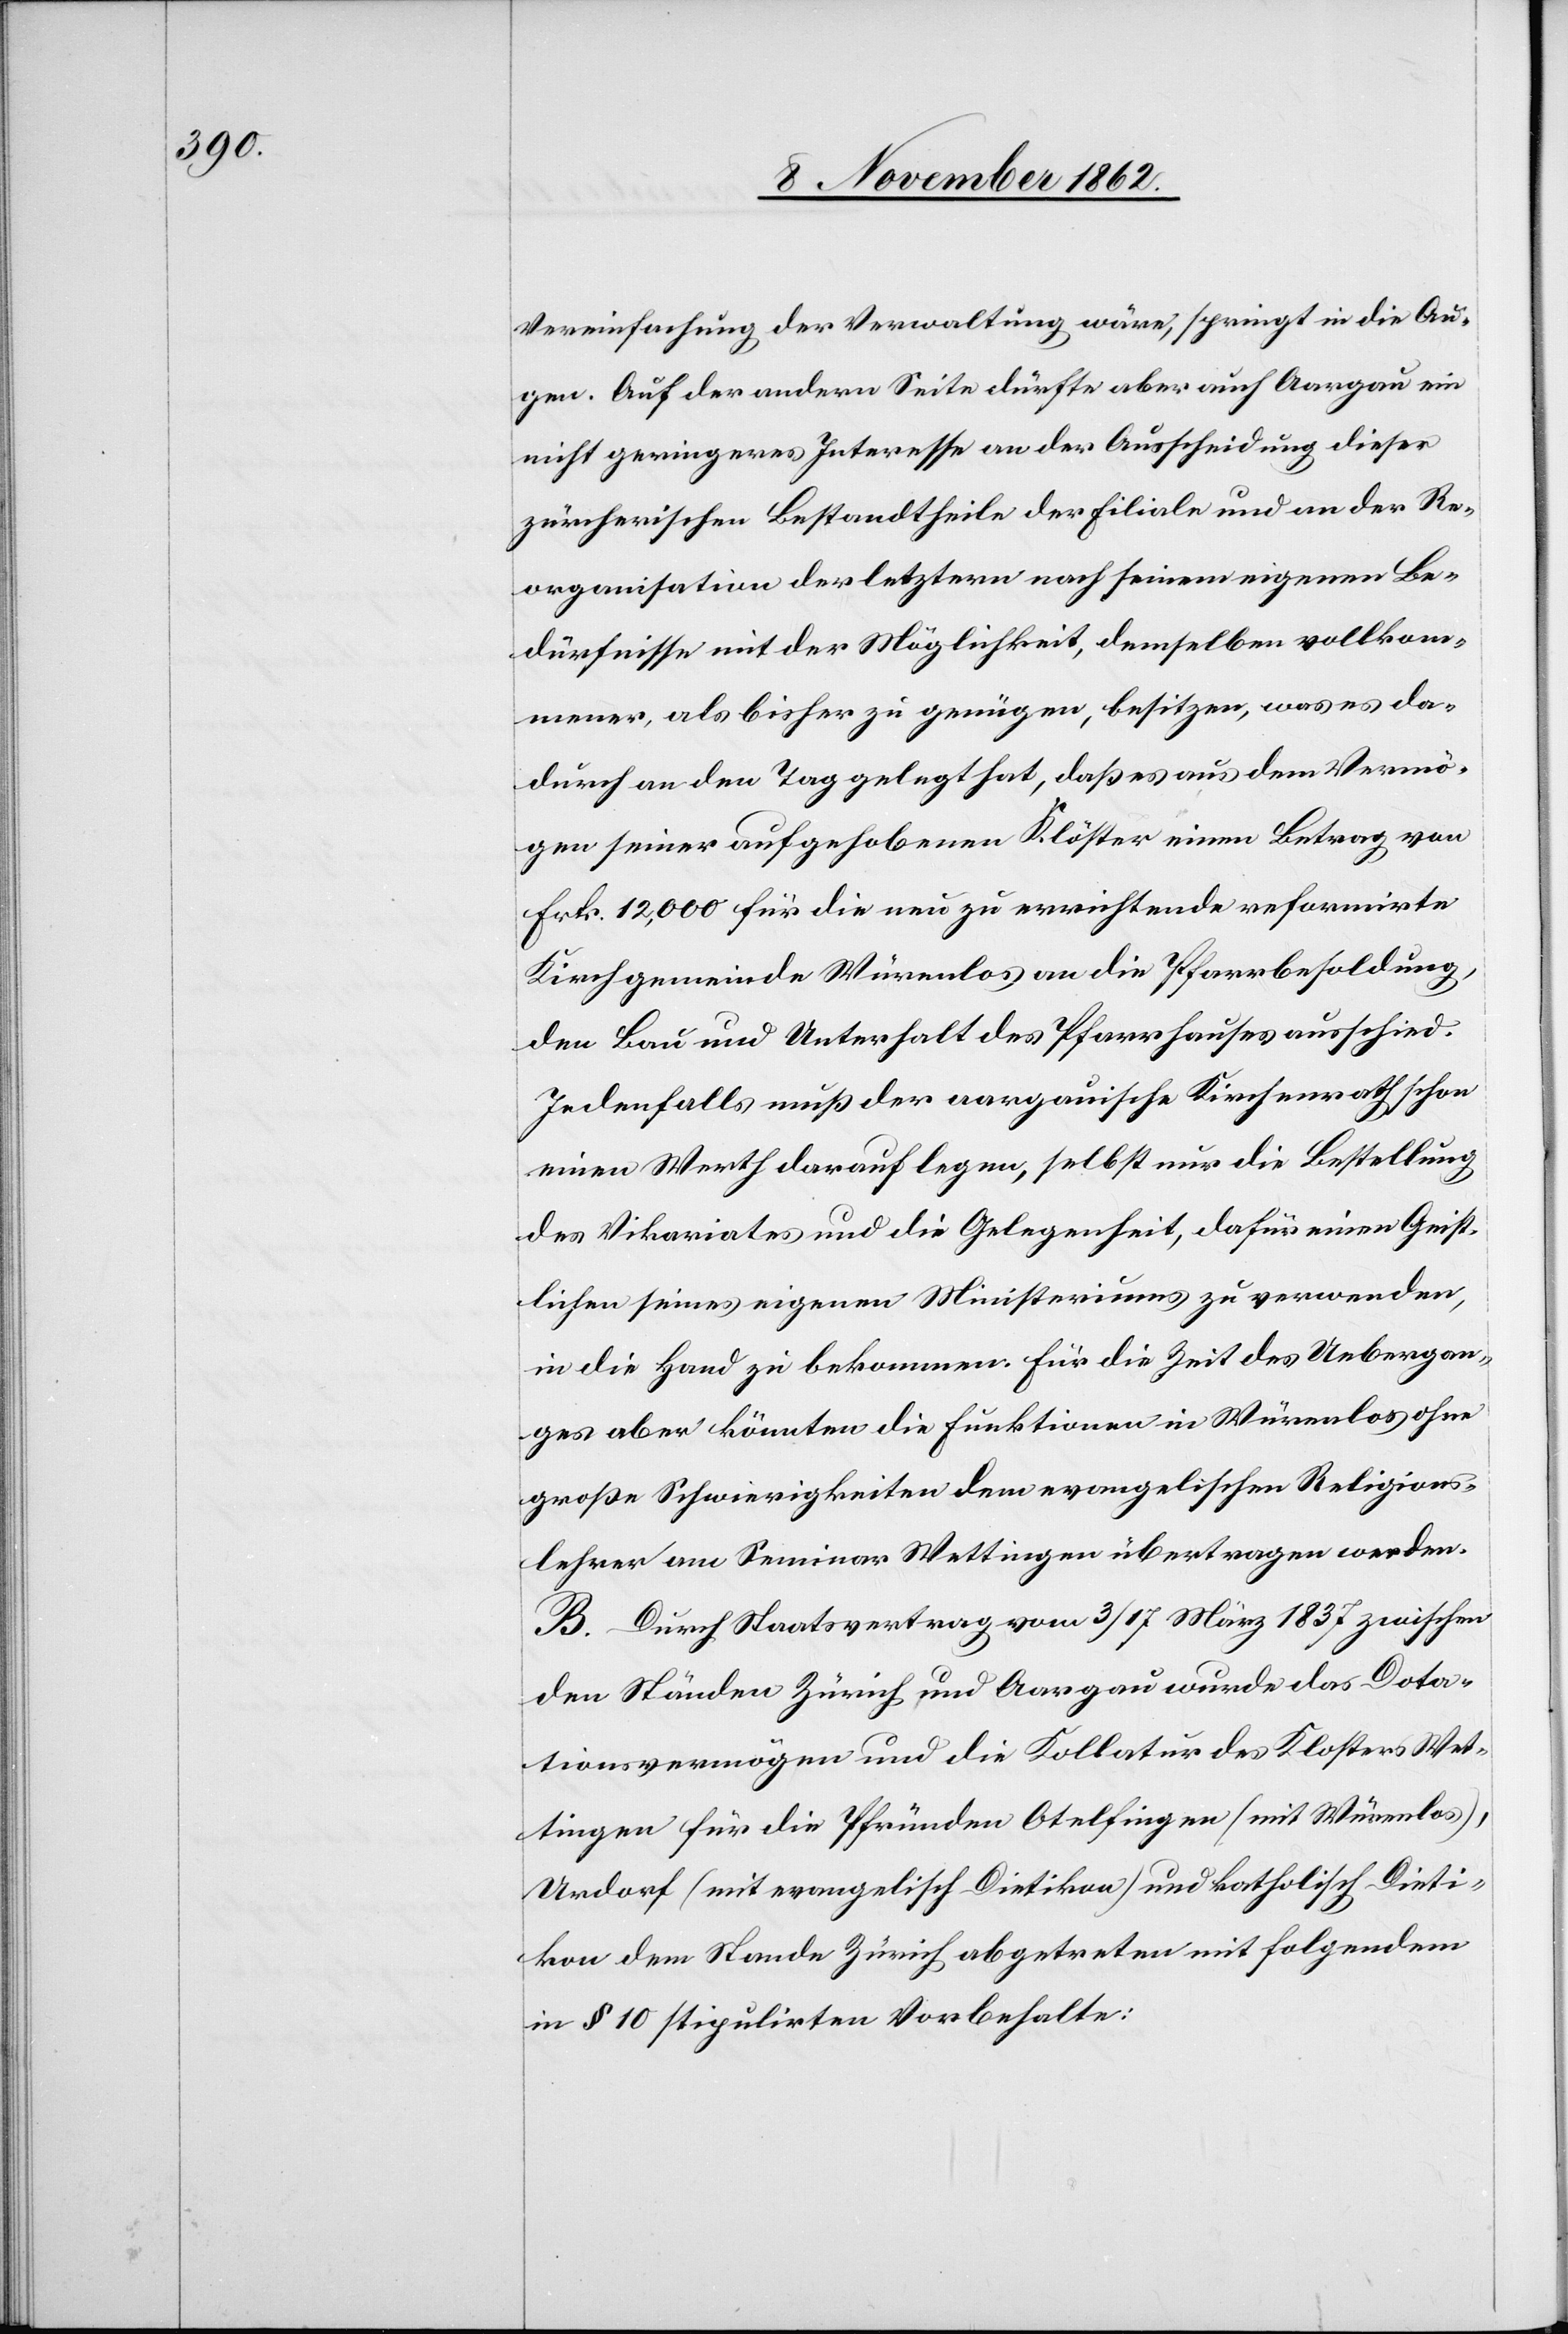
Vereinfachung der Verwaltung wäre, springt in die Au¬
gen. Auf der andern Seite dürfte aber auch Aargau ein
nicht geringeres Interesse an der Ausscheidung dieser
zürcherischen Bestandtheile der Filiale und an der Re¬
organisation der letztern nach seinem eignen Be¬
dürfnisse mit der Möglichkeit, demselben vollkom¬
mener, als bisher zu genügen, besitzen, was es da¬
durch an den Tag gelegt hat, daß es aus dem Vermö¬
gen seiner aufgehobenen Klöster einem Betrag von
Frk. 12,000 für die neu zu errichtende reformirte
Kirchgemeinde Würenlos an die Pfarrbesoldung,
den Bau und Unterhalt des Pfarrhauses ausschied.
Jedenfalls muß der aargauische Kirchenrath schon
einen Werth darauf legen, selbst nur die Bestellung
des Vikariates und die Gelegenheit, dafür einen Geist¬
lichen seines eigenen Ministeriums zu verwenden,
in die Hand zu bekommen. Für die Zeit des Uebergan¬
ges aber könnten die Funktionen in Würenlos ohne
große Schwierigkeiten dem evangelischen Religions¬
lehrer am Seminar Wettingen übertragen werden.
B. Durch Staatsvertrag vom 3/17. März 1837 zwischen
den Ständen Zürich und Aargau wurde das Dota¬
tionsvermögen und die Kollatur des Klosters Wet¬
tingen für die Pfründen Otelfingen (mit Würenlos),
Urdorf (mit evangelisch Dietikon) und katholisch Dieti¬
kon dem Stande Zürich abgetreten mit folgendem
in § 10 stipulirten Vorbehalte: